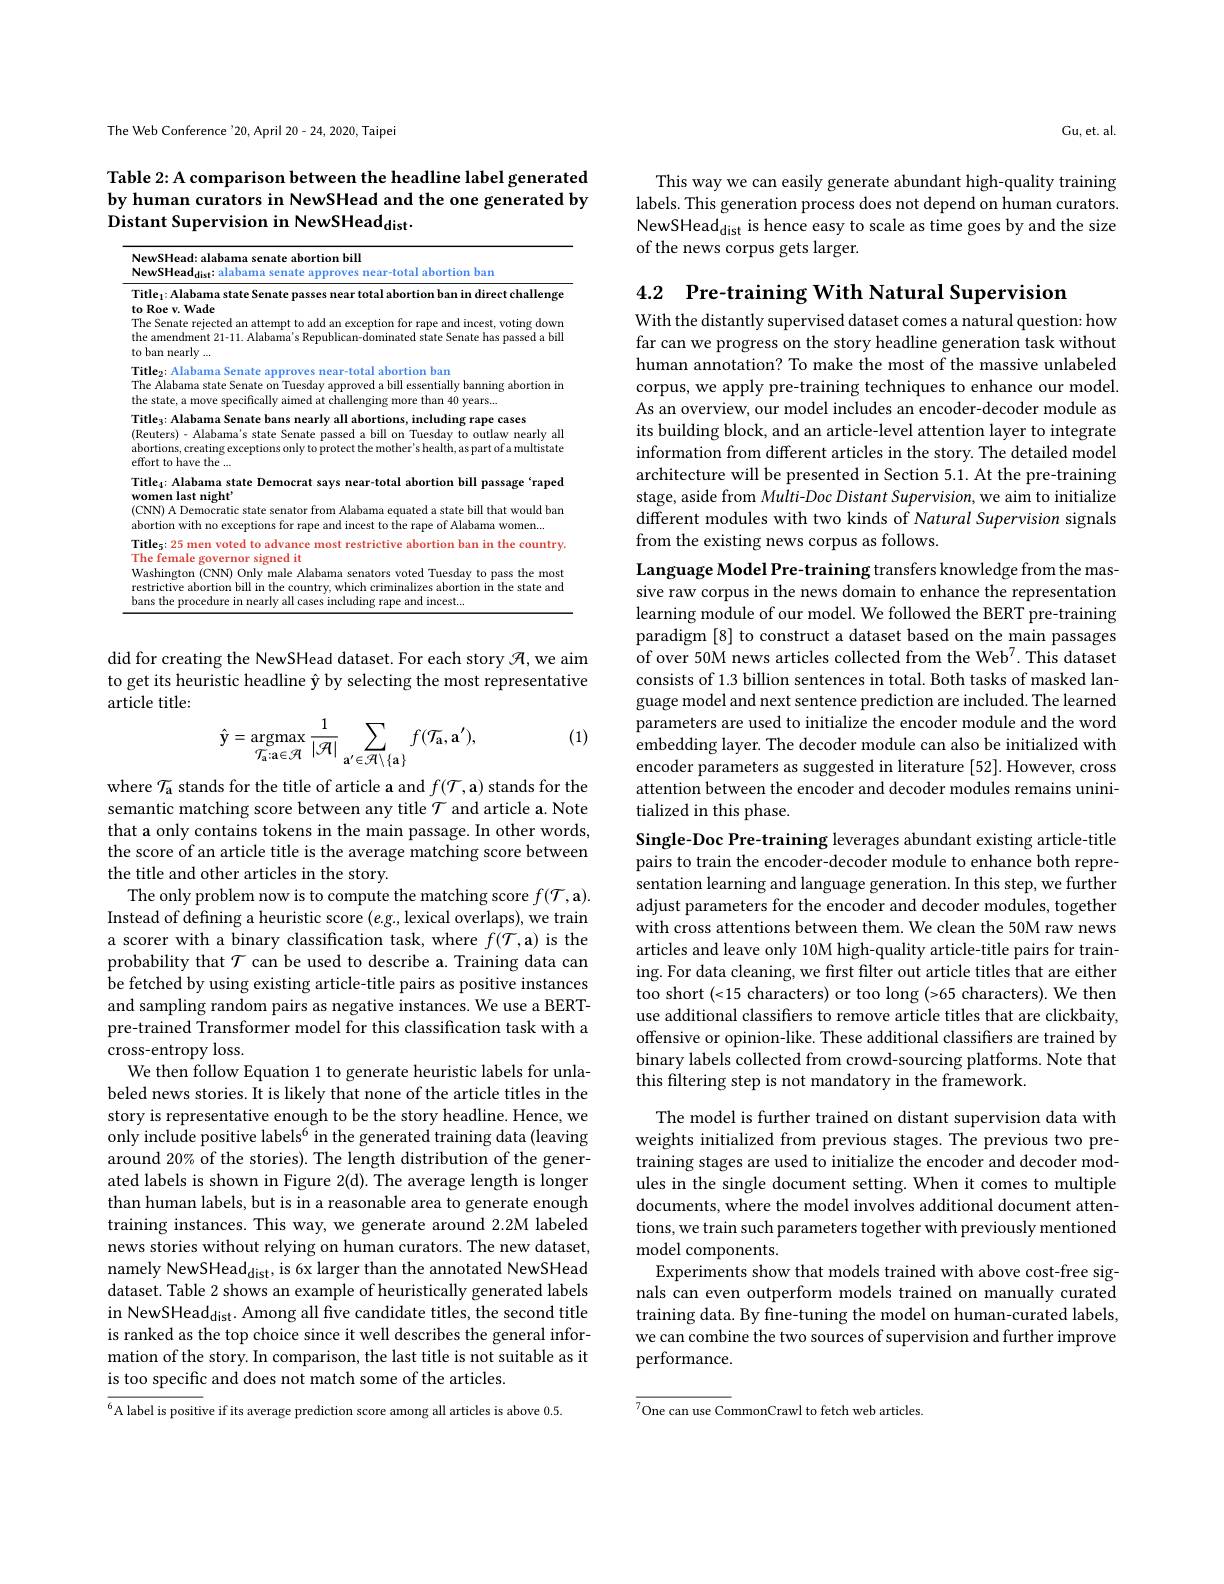
The Web Conference $^{\prime}20$, April 20-24,2020, Taipei

# Table 2: A comparison between the headline label generated by human curators in NewSHead and the one generated by Distant Supervision in NewSHeaddist.

NewSHead: alabama senate abortion bill
NewSHead$_\mathrm{dist}$: alabama senate approves near-total abortion ban

Title$_1$:Alabama state Senate passes near total abortion ban in direct challenge
to Roe v. Wade
The Senate rejected an attempt to add an exception for rape and incest, voting down the amendment 21-11. Alabama's Republican-dominated state Senate has passed a bill to ban nearly ...
Title$_2$: Alabama Senate approves near-total abortion ban Tha Alohoma atoto Somata om Tundor ommorod o bill oncowtioll
The Alabama state Senate on Tuesday approved a bill essentially banning abortion the state, a move specifically aimed at challenging more than 40 years...
Title$_3:$Alabama Senate bans nearly all abortions, including rape cases
(Reuters)- Alabama's state Senate passed a bill on Tuesday to outlaw nearly all oboutimo wonting wontiono ouluto puotot tho mothor'o baolth o cout of omultiotot abortions, creating exceptions only to protect the mother's health, as part of a multistate effort to have the ...
Title$_4$: Alabama state Democrat says near-total abortion bill passage‘raped $\textbf{women last night' }$ ( CNN) A Democratic state senator from Alabama equated a state bill that would ban ( CNN) A Democratic state senator from Alabama equated a state bill that would ban abortion with no exceptions for rape and incest to the rape of Alabama women...
Title$_5$: 25 men voted to advance most restrictive abortion ban in the country.
The female governor signed it
Washington (CNN) Only male Alabama senators voted Tuesday to pass the most restrictive abortion bill in the country, which criminalizes abortion in the state and bans the procedure in nearly all cases including rape and incest...

did for creating the NewSHead dataset. For each story $\mathcal{H}$,we aim article title:

(1)
$$\hat{\mathbf{y}}=\mathop{\mathrm{argmax}}_{\mathcal{T}_{\mathrm{a}}:\mathbf{a}\in\mathcal{H}}\frac{1}{|\mathcal{H}|}\sum_{\mathbf{a}^{\prime}\in\mathcal{H}\setminus\{\mathbf{a}\}}f(\mathcal{T}_{\mathbf{a}},\mathbf{a}^{\prime}),$$
where $\mathcal{T}_{\mathrm{a}}$ stands for the title of article a and $f(\mathcal{T},\mathbf{a})$ stands for the semantic matching score between any title $\mathcal{T}$ and article a. Note that a only contains tokens in the main passage. In other words, the score of an article title is the average matching score between the title and other articles in the story.
The only problem now is to compute the matching score $f(\mathcal{T},\mathbf{a}).$ Instead of defining a heuristic score $(e.g.$, lexical overlaps), we train a scorer with a binary classification task, where $f(\mathcal{T}$,a) is the probability that $\mathcal{T}$ can be used to describe a. Training data can be fetched by using existing article-title pairs as positive instances and sampling random pairs as negative instances. We use a BERTpre-trained Transformer model for this classification task with a cross-entropy loss.
We then follow Equation 1 to generate heuristic labels for unlabeled news stories. It is likely that none of the article titles in the story is representative enough to be the story headline. Hence, we only include positive labels$^6$ in the generated training data (leaving around 20% of the stories). The length distribution of the generated labels is shown in Figure 2(d). The average length is longer than human labels, but is in a reasonable area to generate enough training instances. This way, we generate around 2.2M labeled news stories without relying on human curators. The new dataset, namely NewSHead$_\mathrm{dist}$, is 6x larger than the annotated NewSHead dataset. Table 2 shows an example of heuristically generated labels in NewSHead$_\mathrm{dist}.$ Among all five candidate titles, the second title is ranked as the top choice since it well describes the general information of the story. In comparison, the last title is not suitable as it is too specific and does not match some of the articles.
$^{6}$A label is positive if its average prediction score among all articles is above 0.5.

Gu, et. al.

This way we can easily generate abundant high-quality training labels. This generation process does not depend on human curators. NewSHead$_\mathrm{dist}$ is hence easy to scale as time goes by and the size of the news corpus gets larger.

4.2 Pre-training With Natural Supervision

With the distantly supervised dataset comes a natural question: how far can we progress on the story headline generation task without human annotation? To make the most of the massive unlabeled corpus, we apply pre-training techniques to enhance our model. As an overview, our model includes an encoder-decoder module as its building block, and an article-level attention layer to integrate information from different articles in the story. The detailed model architecture will be presented in Section 5.1. At the pre-training stage, aside from Multi-Doc Distant Supervision, we aim to initialize different modules with two kinds of Natural Supervision signals from the existing news corpus as follows.

Language Model Pre-training transfers knowledge from the massive raw corpus in the news domain to enhance the representation learning module of our model. We followed the BERT pre-training paradigm [8] to construct a dataset based on the main passages of over 50M news articles collected from the Web$^7.$ This dataset consists of 1.3 billion sentences in total. Both tasks of masked language model and next sentence prediction are included. The learned parameters are used to initialize the encoder module and the word embedding layer. The decoder module can also be initialized with encoder parameters as suggested in literature [52]. However, cross attention between the encoder and decoder modules remains uninitialized in this phase.

Single-Doc Pre-training leverages abundant existing article-title pairs to train the encoder-decoder module to enhance both representation learning and language generation. In this step, we further adjust parameters for the encoder and decoder modules, together with cross attentions between them. We clean the 50M raw news articles and leave only 10M high-quality article-title pairs for training. For data cleaning, we first filter out article titles that are either too short (<15 characters) or too long (>65 characters). We then use additional classifiers to remove article titles that are clickbaity, offensive or opinion-like. These additional classifiers are trained by binary labels collected from crowd-sourcing platforms. Note that this filtering step is not mandatory in the framework.

The model is further trained on distant supervision data with weights initialized from previous stages. The previous two pretraining stages are used to initialize the encoder and decoder modules in the single document setting. When it comes to multiple documents, where the model involves additional document attentions, we train such parameters together with previously mentioned model components.
Experiments show that models trained with above cost-free signals can even outperform models trained on manually curated training data. By fine-tuning the model on human-curated labels, we can combine the two sources of supervision and further improve performance.

${\overline{^7\text{One can use CommonCrawl to fetch web articles}}}$